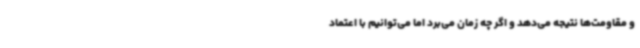
و مقاومت‌ها نتیجه می‌دهد و اگر چه زمان می‌برد اما می‌توانیم با اعتماد